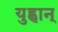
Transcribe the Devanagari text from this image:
युह्वान्